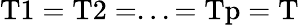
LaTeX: \mathrm{T1}=\mathrm{T2}=...=\mathrm{Tp}=\mathrm{T}